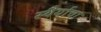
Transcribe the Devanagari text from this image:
स्थैर्याचा